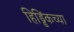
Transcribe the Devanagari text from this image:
हिड्डिंकच्या